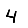
Digit: 4